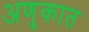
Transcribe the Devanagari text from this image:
अणुकात